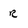
Character: R